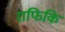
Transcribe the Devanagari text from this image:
राफिकि